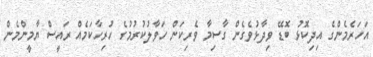
އަހަރެމެންގެ އިދިކޮޅު ބޮޑޭ ވިދާޅުވެގެން ގާސިމާ ވެރިކަން ހަވާލުކުރުމުގެ ހުރިހާކަމެއް ރައީސް ޔާމީންމެން